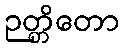
ဉတ္တိတော